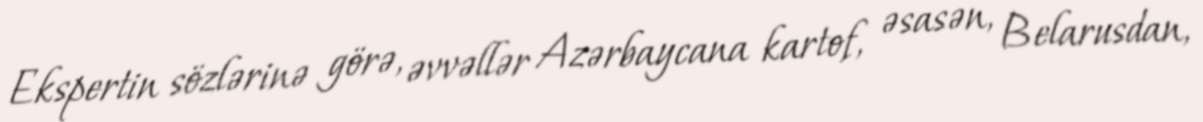
Ekspertin sözlərinə görə, əvvəllər Azərbaycana kartof, əsasən, Belarusdan,